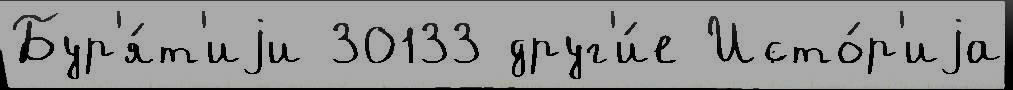
Бур'я́т'иjи 30133 друг'и́е Исто́р'иjа